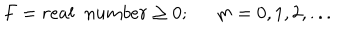
F = r e a l \; \; n u m b e r \geq 0 ; \; \; m = 0 , 1 , 2 , . . .